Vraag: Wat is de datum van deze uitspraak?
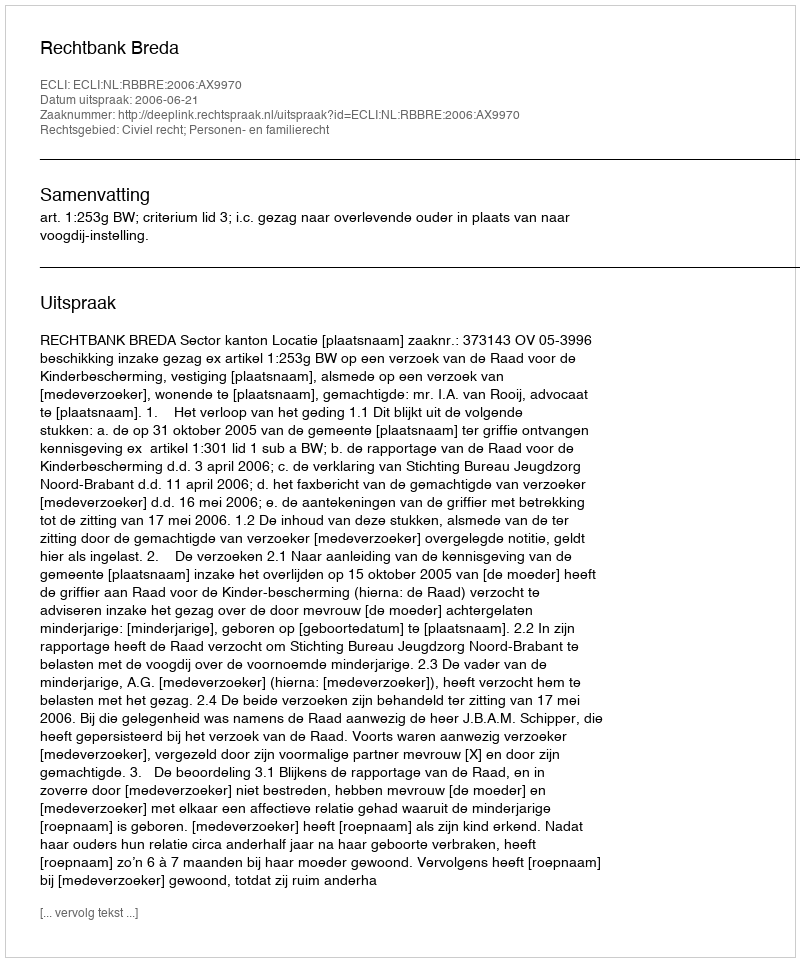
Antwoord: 2006-06-21